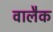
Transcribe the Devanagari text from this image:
वालैक